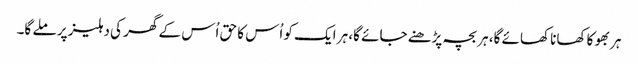
ہر بھوکا کھانا کھائے گا، ہر بچہ پڑھنے جائے گا، ہر ایک کو اُس کا حق اُس کے گھر کی دہلیز پر ملے گا۔